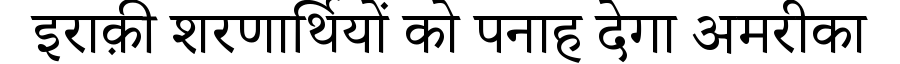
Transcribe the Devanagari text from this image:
इराक़ी शरणार्थियों को पनाह देगा अमरीका